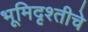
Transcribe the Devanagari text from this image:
भूमिदृश्तीचे